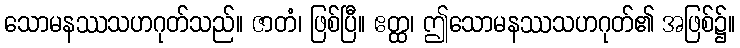
သောမနဿသဟဂုတ်သည်။ ဇာတံ၊ ဖြစ်ပြီ။ ဧတ္ထ၊ ဤသောမနဿသဟဂုတ်၏ အဖြစ်၌။